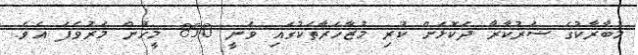
މުބާރާކުގެ ސަރުކާރާ ދެކޮޅަށް ކުރި މުޒާހަރާތަކުގައި ވަނީ 850 މީހުން މަރުވެފަ އެވެ.